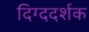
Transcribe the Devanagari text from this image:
दिग्ददर्शक